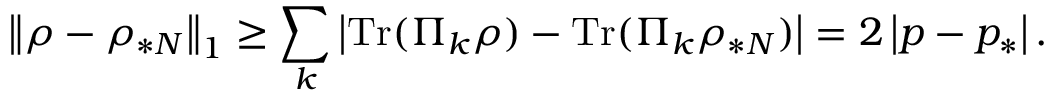
\left\Vert \rho - \rho _ { \ast N } \right\Vert _ { 1 } \geq \sum _ { k } \left\vert \mathrm { T r } ( \Pi _ { k } \rho ) - \mathrm { T r } ( \Pi _ { k } \rho _ { \ast N } ) \right\vert = 2 \left\vert p - p _ { \ast } \right\vert .